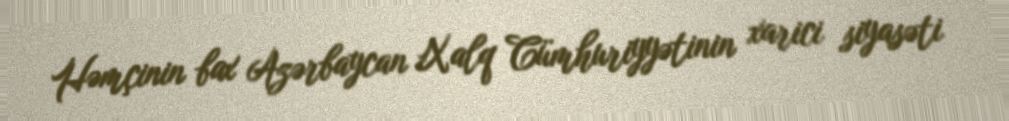
Həmçinin bax Azərbaycan Xalq Cümhuriyyətinin xarici siyasəti